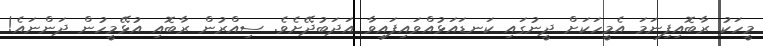
މީހަކު ރާބޮއިފިނަމަ އެމީހަކަށް ދީނުގައި ކަނޑައަޅުއްވައިފައިވާ އަދަބުދޭށެވެ. ސިއްރުން ރާބޮއި އުޅޭމީހުން ދަންނައެ!